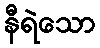
နီရဲသော